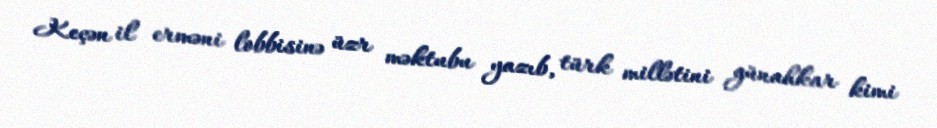
Keçən il erməni lobbisinə üzr məktubu yazıb, türk millətini günahkar kimi